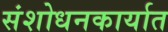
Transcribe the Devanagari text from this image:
संशोधनकार्यात